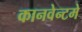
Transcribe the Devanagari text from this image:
कानवेन्टमे